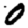
Digit: 0